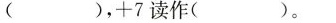
( )，+7读作( )。